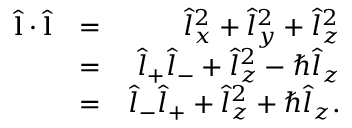
\begin{array} { r l r } { \hat { \bf l } \cdot \hat { \bf l } } & { = } & { \hat { l } _ { x } ^ { 2 } + \hat { l } _ { y } ^ { 2 } + \hat { l } _ { z } ^ { 2 } } \\ & { = } & { \hat { l } _ { + } \hat { l } _ { - } + \hat { l } _ { z } ^ { 2 } - \hbar \hat { l } _ { z } } \\ & { = } & { \hat { l } _ { - } \hat { l } _ { + } + \hat { l } _ { z } ^ { 2 } + \hbar \hat { l } _ { z } . } \end{array}